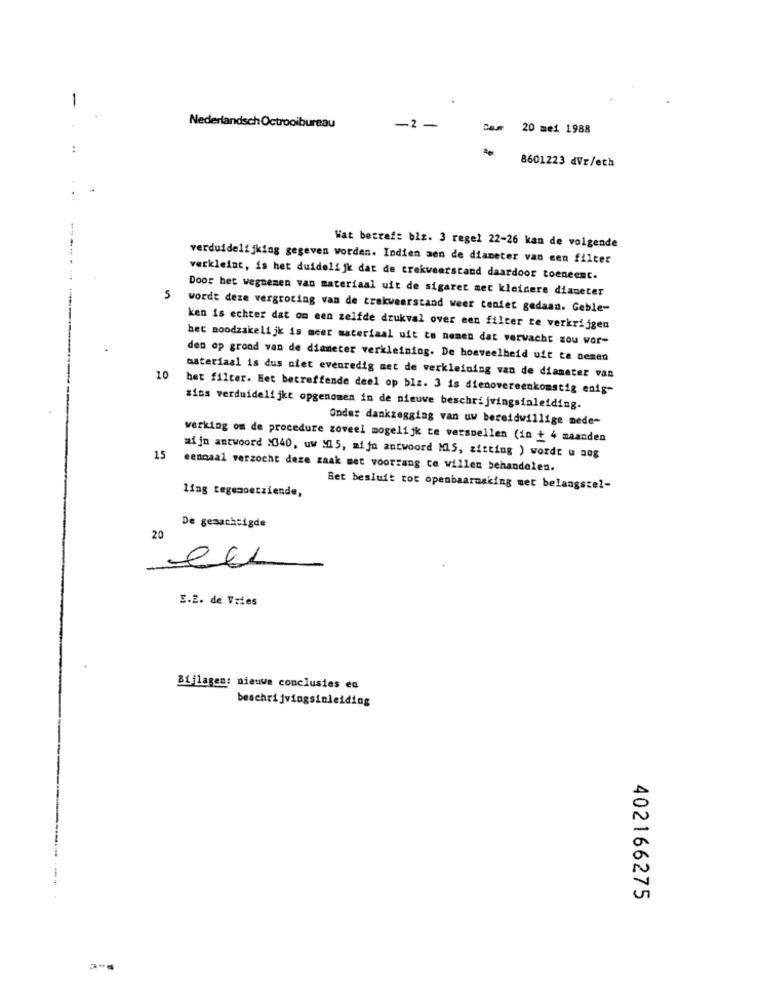
-
Nederlandsch Octrooibureau
-2 -
Dam 20 me1 1988
1e
8601223 dVr/eth
Wat betraf: blz. 3 regel 22-26 kan de volgende
verduidelijking gegeven worden. Indien aen de diameter van een filter
verkleint, is het duidelijk dat de trekweerstand daardoor toeneemt.
Door het wegnemen van materiaal uit de sigaret met kleinere diameter
5 wordt deze vergroting van de trakweerstand weer teniet gedaan. Geble-
ken is echter dat om een zelfde drukval over een filter te verkrijgen
het noodzakelijk is meer materiaal uit to nemen dat verwacht zou wor-
den op grond van de diameter verkleining. De hoeveelheid uit te nemen
10
materiaal is dus niet evenredig met de verkleining van de diameter van
het filter. Eet betreffende deel op blz. 3 is dienovereenkomstig enig-
zins verduidelijkt opgenomen in de nieuwe beschrijvingsinleiding.
Onder dankzegging van uw bereidwillige mede-
werking om de procedure zoveel mogelijk te versnellen (in + 4 maanden
15
mijn antwoord X340, uw M15, mijn antwoord Ml5, zitting ) wordt u nog
eennaal verzocht deze zaak met voorrang te willen behandelen.
ling tegemoetziende,
Bet besluit tot openbaarmaking met belangstel-
De gemachtigde
20
eu
E.Z. de Vries
Bijlagen: nieuwe conclusies en
beschrijvingsinleiding
402166275